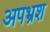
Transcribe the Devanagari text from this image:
अपभ्रश